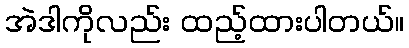
အဲဒါကိုလည်း ထည့်ထားပါတယ်။